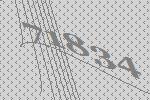
71834